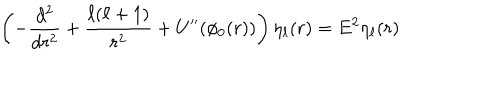
LaTeX: \left( - \frac { d ^ { 2 } } { d r ^ { 2 } } + \frac { \ell ( \ell + 1 ) } { r ^ { 2 } } + U ^ { \prime \prime } ( \phi _ { 0 } ( r ) ) \right) \eta _ { \ell } ( r ) = E ^ { 2 } \eta _ { \ell } ( r )